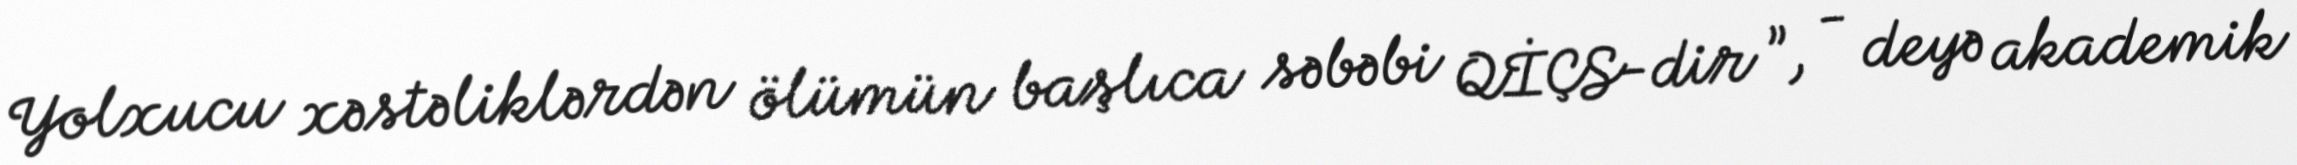
Yolxucu xəstəliklərdən ölümün başlıca səbəbi QİÇS-dir ”, - deyə akademik